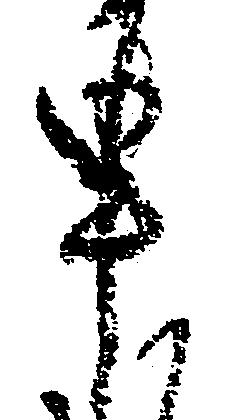
申